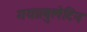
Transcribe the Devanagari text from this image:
गया।बुलेटिन